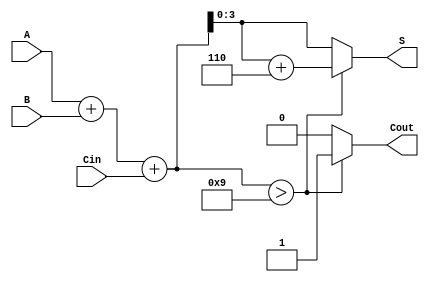
module BCD_Ripple_Carry_Adder (
    input [3:0] A,      // First BCD digit
    input [3:0] B,      // Second BCD digit
    input Cin,          // Carry-in
    output reg [3:0] S, // BCD sum output
    output reg Cout     // Carry-out
);

    wire [4:0] sum; // To hold the 5-bit sum (A + B + Cin)
    wire correction; // Indicates if correction is needed

    // Step 1: Preliminary sum calculation
    assign sum = A + B + Cin;

    // Step 2: Determine if correction is needed
    assign correction = (sum > 4'b1001); // Check if sum is greater than 9

    // Step 3: BCD correction logic
    always @(*) begin
        if (correction) begin
            S = sum + 4'b0110; // Add 6 if correction is needed
            Cout = 1;          // Set carry-out
        end else begin
            S = sum[3:0];      // No correction needed
            Cout = 0;          // No carry-out
        end
    end

endmodule